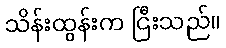
သိန်းထွန်းက ငြီးသည်။